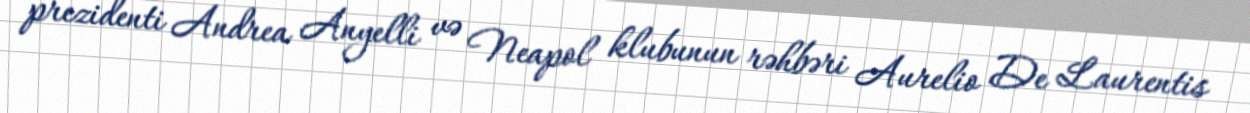
prezidenti Andrea Anyelli və Neapol klubunun rəhbəri Aurelio De Laurentis